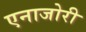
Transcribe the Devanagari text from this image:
एनाजोरी